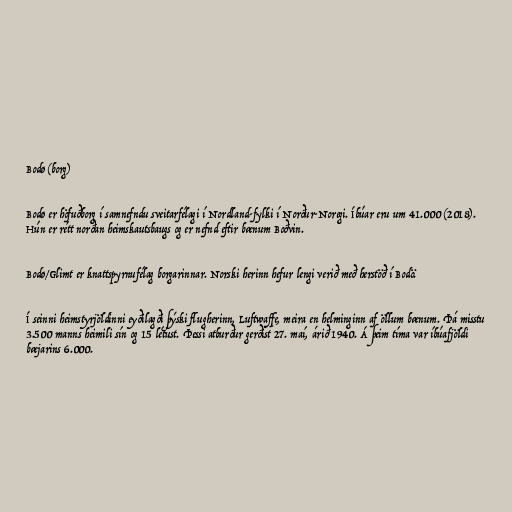
Bodø (borg)

Bodø er höfuðborg í samnefndu sveitarfélagi í Nordland-fylki í Norður-Noregi. Íbúar eru um 41.000 (2018).
Hún er rétt norðan heimskautsbaugs og er nefnd eftir bænum Boðvin.

Bodø/Glimt er knattspyrnufélag borgarinnar. Norski herinn hefur lengi verið með herstöð í Bodö.

Í seinni heimstyrjöldinni eyðilagði þýski flugherinn, Luftwaffe, meira en helminginn af öllum bænum. Þá misstu
3.500 manns heimili sín og 15 létust. Þessi atburður gerðist 27. maí, árið 1940. Á þeim tíma var íbúafjöldi
bæjarins 6.000.